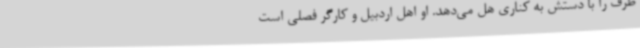
ظرف را با دستش به کناری هل می‌دهد. او اهل اردبیل و کارگر فصلی است